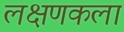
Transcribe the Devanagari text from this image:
लक्षणकला